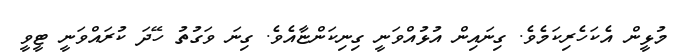
މުޅީން އެކަހެރިކަމެވެ. ގިނައިން އުޅުއްވަނީ ގިނިކަންޏާއެވެ. ގިނަ ވަގުތު ހޭދަ ކުރައްވަނީ ޓީވީ